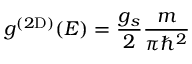
g ^ { ( 2 \mathrm { D } ) } ( E ) = { \frac { g _ { s } } { 2 } } { \frac { m } { \pi \hbar ^ { 2 } } }